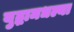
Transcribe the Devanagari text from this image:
युद्धामधल्या